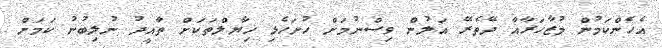
އެހެންކަމުން މުޒާހަރާއާ ދޭތެރޭ އަލުން ވިސްނުމަށް ހުށަހެޅި ޚިޔާލްތަކަށް ތާއީދު ނުލިބުނު ކަމަށް